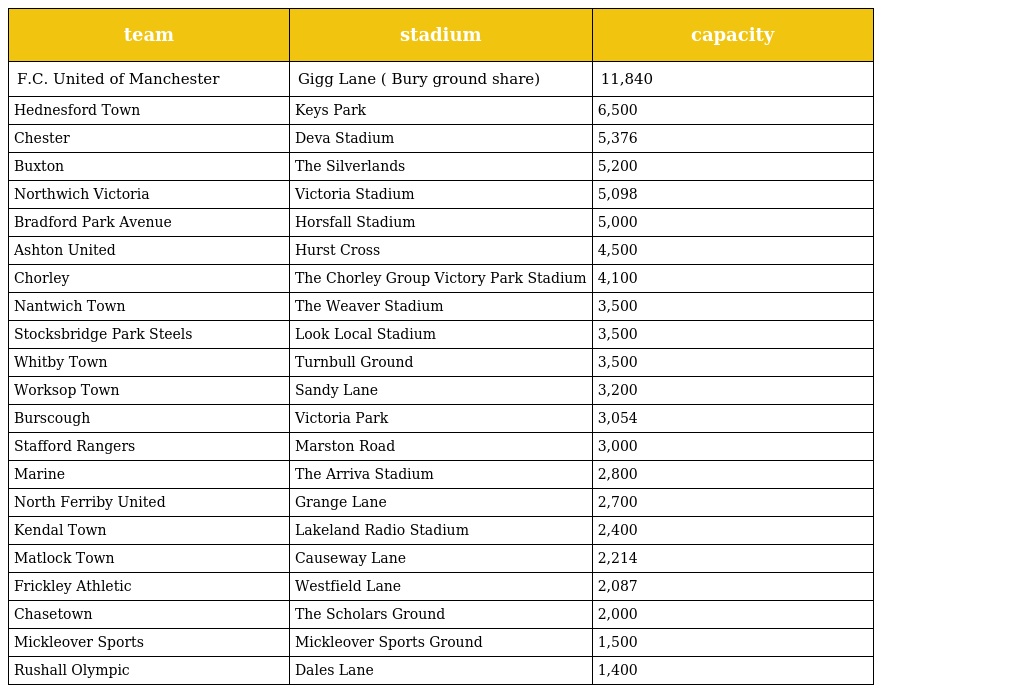
| team | stadium | capacity |
 | --- | --- | --- |
 | F.C. United of Manchester | Gigg Lane ( Bury ground share) | 11,840 |
 | Hednesford Town | Keys Park | 6,500 |
 | Chester | Deva Stadium | 5,376 |
 | Buxton | The Silverlands | 5,200 |
 | Northwich Victoria | Victoria Stadium | 5,098 |
 | Bradford Park Avenue | Horsfall Stadium | 5,000 |
 | Ashton United | Hurst Cross | 4,500 |
 | Chorley | The Chorley Group Victory Park Stadium | 4,100 |
 | Nantwich Town | The Weaver Stadium | 3,500 |
 | Stocksbridge Park Steels | Look Local Stadium | 3,500 |
 | Whitby Town | Turnbull Ground | 3,500 |
 | Worksop Town | Sandy Lane | 3,200 |
 | Burscough | Victoria Park | 3,054 |
 | Stafford Rangers | Marston Road | 3,000 |
 | Marine | The Arriva Stadium | 2,800 |
 | North Ferriby United | Grange Lane | 2,700 |
 | Kendal Town | Lakeland Radio Stadium | 2,400 |
 | Matlock Town | Causeway Lane | 2,214 |
 | Frickley Athletic | Westfield Lane | 2,087 |
 | Chasetown | The Scholars Ground | 2,000 |
 | Mickleover Sports | Mickleover Sports Ground | 1,500 |
 | Rushall Olympic | Dales Lane | 1,400 |